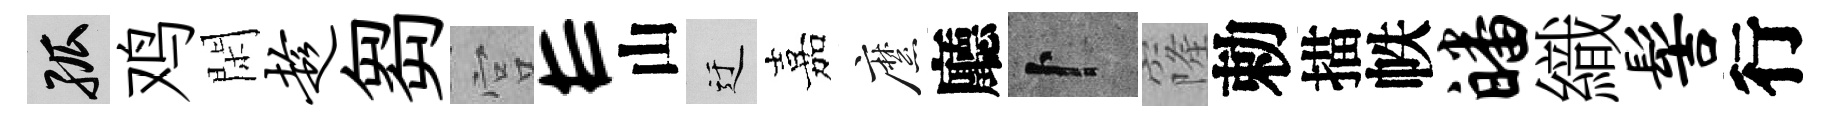
孤鸡閑趁芻宫E山迂嘉縻廳卜窿勅描帙皤織髻行